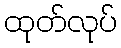
ထုတ်လုပ်